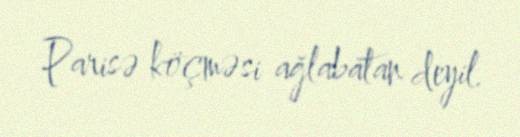
Parisə köçməsi ağlabatan deyil.